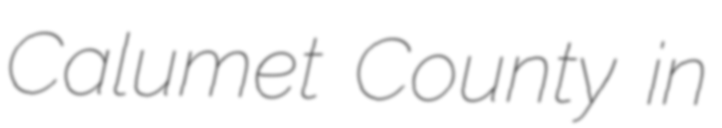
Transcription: Calumet County in